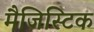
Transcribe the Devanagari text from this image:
मैजिस्टिक